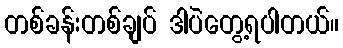
တစ်ခန်းတစ်ချပ် ဒါပဲတွေ့ရပါတယ်။